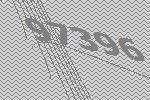
97396